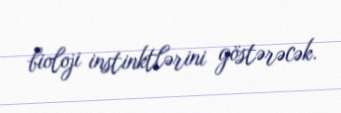
bioloji instinktlərini göstərəcək.